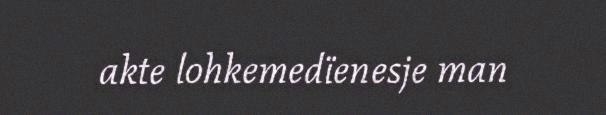
akte lohkemedïenesje man